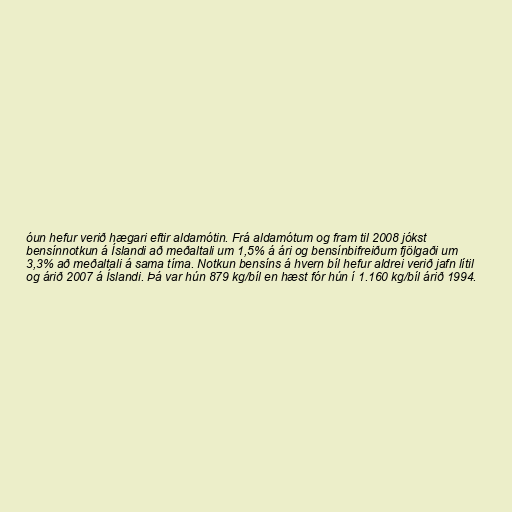
óun hefur verið hægari eftir aldamótin. Frá aldamótum og fram til 2008 jókst
bensínnotkun á Íslandi að meðaltali um 1,5% á ári og bensínbifreiðum fjölgaði um
3,3% að meðaltali á sama tíma. Notkun bensíns á hvern bíl hefur aldrei verið jafn lítil
og árið 2007 á Íslandi. Þá var hún 879 kg/bíl en hæst fór hún í 1.160 kg/bíl árið 1994.